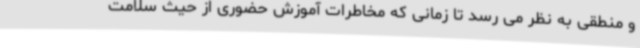
و منطقی به نظر می رسد تا زمانی که مخاطرات آموزش حضوری از حیث سلامت